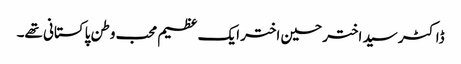
ڈاکٹر سید اختر حسین اختر ایک عظیم محب وطن پاکستانی تھے۔